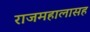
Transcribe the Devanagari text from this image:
राजमहालासह